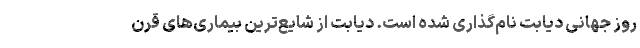
روز جهانی دیابت نام‌گذاری شده است. دیابت از شایع‌ترین بیماری‌های قرن